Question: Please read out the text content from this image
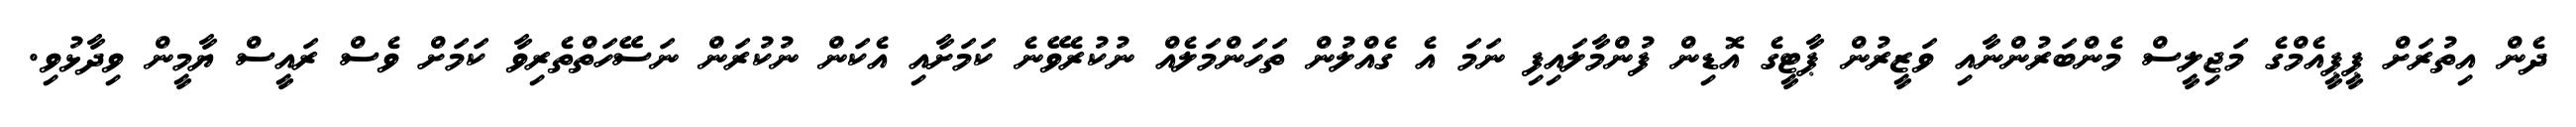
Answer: ދެން އިތުރަށް ޕީޕީއެމްގެ މަޖިލީސް މެންބަރުންނާއި ވަޒީރުން ޕާޓީގެ އޮޑިން ފުންމާލައިފި ނަމަ އެ ގެއްލުން ތަހަންމަލެއް ނުކުރެވޭނެ ކަމަށާއި އެކަން ނުކުރަން ނަސޭހަތްތެރިވާ ކަމަށް ވެސް ރައީސް ޔާމީން ވިދާޅުވި.